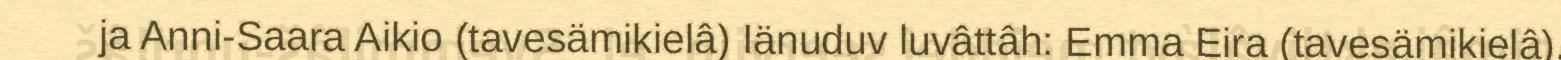
ja Anni-Saara Aikio (tavesämikielâ) Iänuduv luvâttâh: Emma Eira (tavesämikielâ),